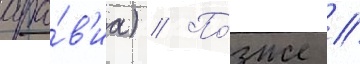
ара́в'иа) // По́зже /